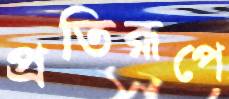
প্রতিরূপে